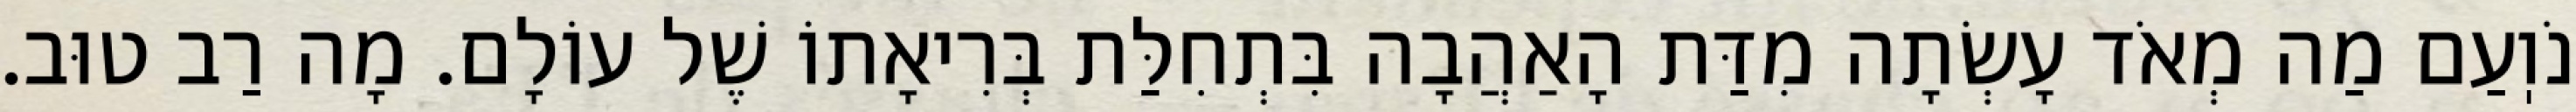
נֹוֽעַם מַה מְאֹד עָשְׂתָה מִדַּת הָאַהֲבָה בִּתְחִלַּת בְּרִיאָתוֹ שֶׁל עוֹלָם. מָה רַב טוּב.